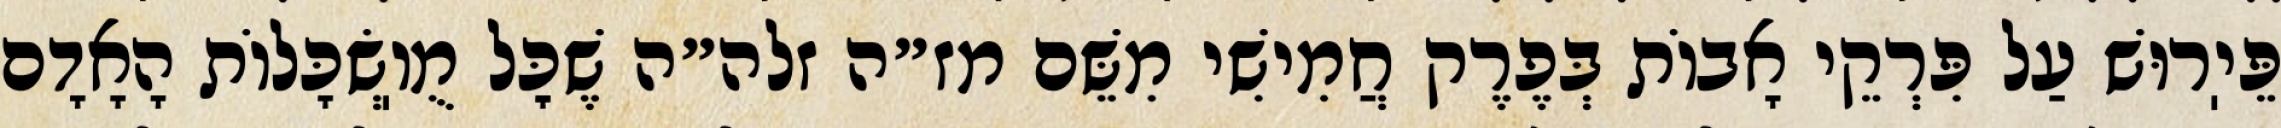
פֵּיֽרוּשׁ עַל פִּרְקֵי אָבוֹת בְּפֶרֶק חֲמִישִׁי מִשֵּׁם מז״ה זלה״ה שֶׁכׇּל מֻוֽשְׂכָּלוֹת הָאָדָם